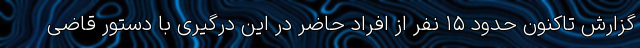
گزارش تاکنون حدود ۱۵ نفر از افراد حاضر در این درگیری با دستور قاضی